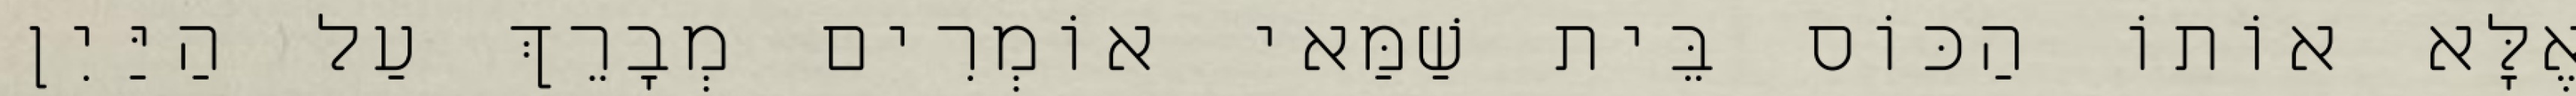
אֶלָּא אוֹתוֹ הַכּוֹס בֵּית שַׁמַּאי אוֹמְרִים מְבָרֵךְ עַל הַיַּיִן